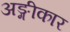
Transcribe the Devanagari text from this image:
अङ्गीकार